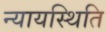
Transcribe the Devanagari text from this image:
न्यायस्थिति